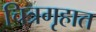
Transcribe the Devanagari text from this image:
चित्रगृहात